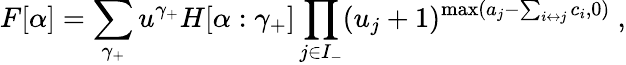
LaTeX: F[\alpha]=\sum_{\gamma_{+}}u^{\gamma_{+}}H[\alpha:\gamma_{+}]\prod_{j\in I_{-}}(u_{j}+1)^{\operatorname*{max}(a_{j}-\sum_{i\leftrightarrow j}c_{i},0)}\ ,